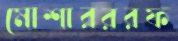
মোশারররফ